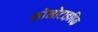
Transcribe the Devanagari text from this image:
मोनोटाइपिक